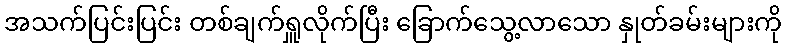
အသက်ပြင်းပြင်း တစ်ချက်ရှူလိုက်ပြီး ခြောက်သွေ့လာသော နှုတ်ခမ်းများကို